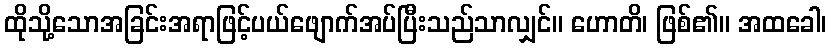
ထိုသို့သောအခြင်းအရာဖြင့်ပယ်ဖျောက်အပ်ပြီးသည်သာလျှင်။ ဟောတိ၊ ဖြစ်၏။ အထခေါ၊